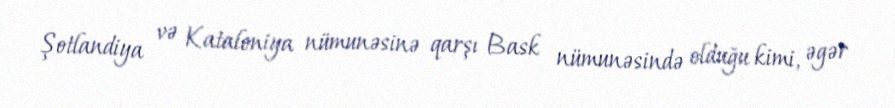
Şotlandiya və Kataloniya nümunəsinə qarşı Bask nümunəsində olduğu kimi, əgər